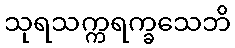
သုရသက္ကရက္ခသေဘိ